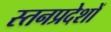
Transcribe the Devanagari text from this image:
स्तनप्रदेशों